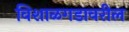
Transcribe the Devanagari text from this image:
विशाळगडावरील